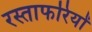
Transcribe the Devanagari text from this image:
रस्ताफरियों